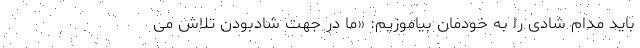
باید مدام شادی را به خودمان بیاموزیم: «ما در جهت شادبودن تلاش می‌